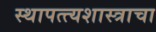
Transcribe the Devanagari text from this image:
स्थापत्त्यशास्त्राचा